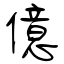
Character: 億